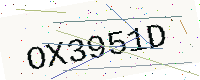
Text: OX3951D